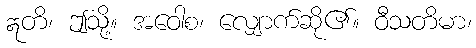
ဣတိ၊ ဤသို့။ အဝေါစ၊ လျှောက်ဆို၏။ ဝီသတိမာ၊